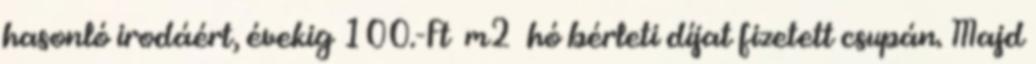
hasonló irodáért, évekig 100.-Ft m2 hó bérleti díjat fizetett csupán. Majd